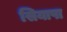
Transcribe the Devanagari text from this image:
सियापा